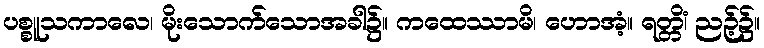
ပစ္စူသကာလေ၊ မိုးသောက်သောအခါ၌။ ကထေဿာမိ၊ ဟောအံ့။ ရတ္တိံ၊ ညဉ့်၌။